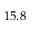
1 5 . 8